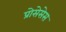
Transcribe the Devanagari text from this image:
प्रोसेसेस